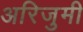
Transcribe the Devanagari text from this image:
अरिजुमी